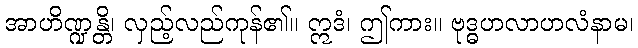
အာဟိဏ္ဍန္တိ၊ လှည့်လည်ကုန်၏။ ဣဒံ၊ ဤကား။ ဗုဒ္ဓဟလာဟလံနာမ၊